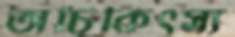
অচিকিৎস্য